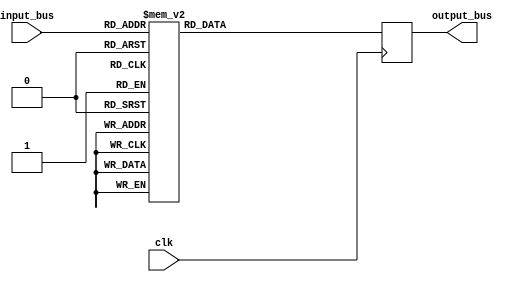
module StateActionTable(
    input wire clk,


	 input wire [3:0] input_bus,
	 output reg [3:0] output_bus

	 
    );
	 //input_bus[0]  q1
	 //input_bus[1]  q0
	 //input_bus[2]  B
	 //input_bus[3]  A
	 
	 //result[0] Q1
	 //result[1] Q0
	 //result[2] ClkEnable
	 //result[3] Dir
	 
	 
	 //wire [3:0] input_bus;
	 //input_bus={A, B, q0, q1}; //
	 
	 always @(posedge clk) 
	 begin 
	  case (input_bus)
      4'd0: output_bus  <= 4'b0000;
      4'd1: output_bus  <= 4'b0100;
      4'd2: output_bus  <= 4'b1100;
      4'd3: output_bus  <= 4'b0011;
      4'd4: output_bus  <= 4'b1101;
      4'd5: output_bus  <= 4'b0001;
      4'd6: output_bus  <= 4'b0010;
      4'd7: output_bus  <= 4'b0101;
      4'd8: output_bus  <= 4'b0110;
      4'd9: output_bus  <= 4'b0001;
	  4'd10: output_bus <= 4'b0010;
	  4'd11: output_bus <= 4'b1110;
	  4'd12: output_bus <= 4'b0000;
	  4'd13: output_bus <= 4'b1111;
	  4'd14: output_bus <= 4'b0111;
	  4'd15: output_bus <= 4'b0011;
     endcase
	 end	 
endmodule